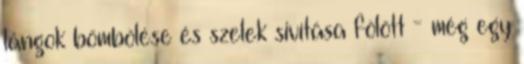
lángok bömbölése és szelek sivítása fölött - még egy